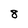
Character: 8